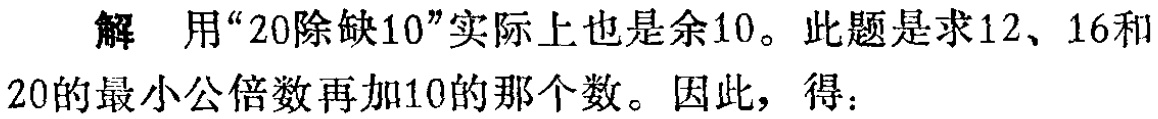
解 用“20除缺10”实际上也是余10。此题是求12、16和20的最小公倍数再加10的那个数。因此，得：